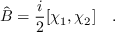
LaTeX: \hat { B } = { \frac { i } { 2 } } [ \chi _ { 1 } , \chi _ { 2 } ] \quad .